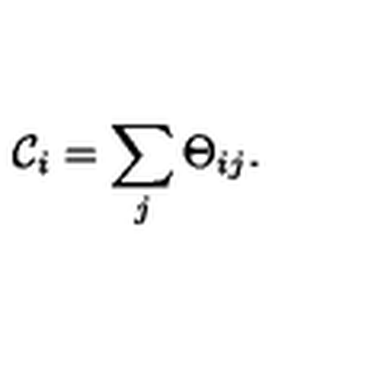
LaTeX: { \cal C } _ { i } = \sum _ { j } \Theta _ { i j } .